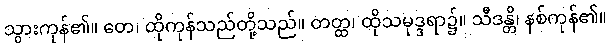
သွားကုန်၏။ တေ၊ ထိုကုန်သည်တို့သည်။ တတ္ထ၊ ထိုသမုဒ္ဒရာ၌။ သီဒန္တိ၊ နစ်ကုန်၏။